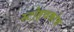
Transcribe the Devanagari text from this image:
स्टोइचकोव